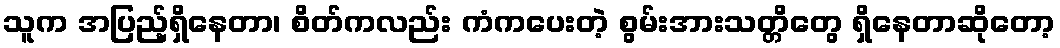
သူက အပြည့်ရှိနေတာ၊ စိတ်ကလည်း ကံကပေးတဲ့ စွမ်းအားသတ္တိတွေ ရှိနေတာဆိုတော့